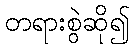
တရားစွဲဆို၍